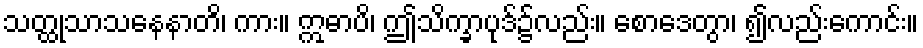
သတ္ထုသာသနေနာတိ၊ ကား။ ဣဓာပိ၊ ဤသိက္ခာပုဒ်၌လည်း။ စောဒေတွာ၊ ၍လည်းကောင်း။